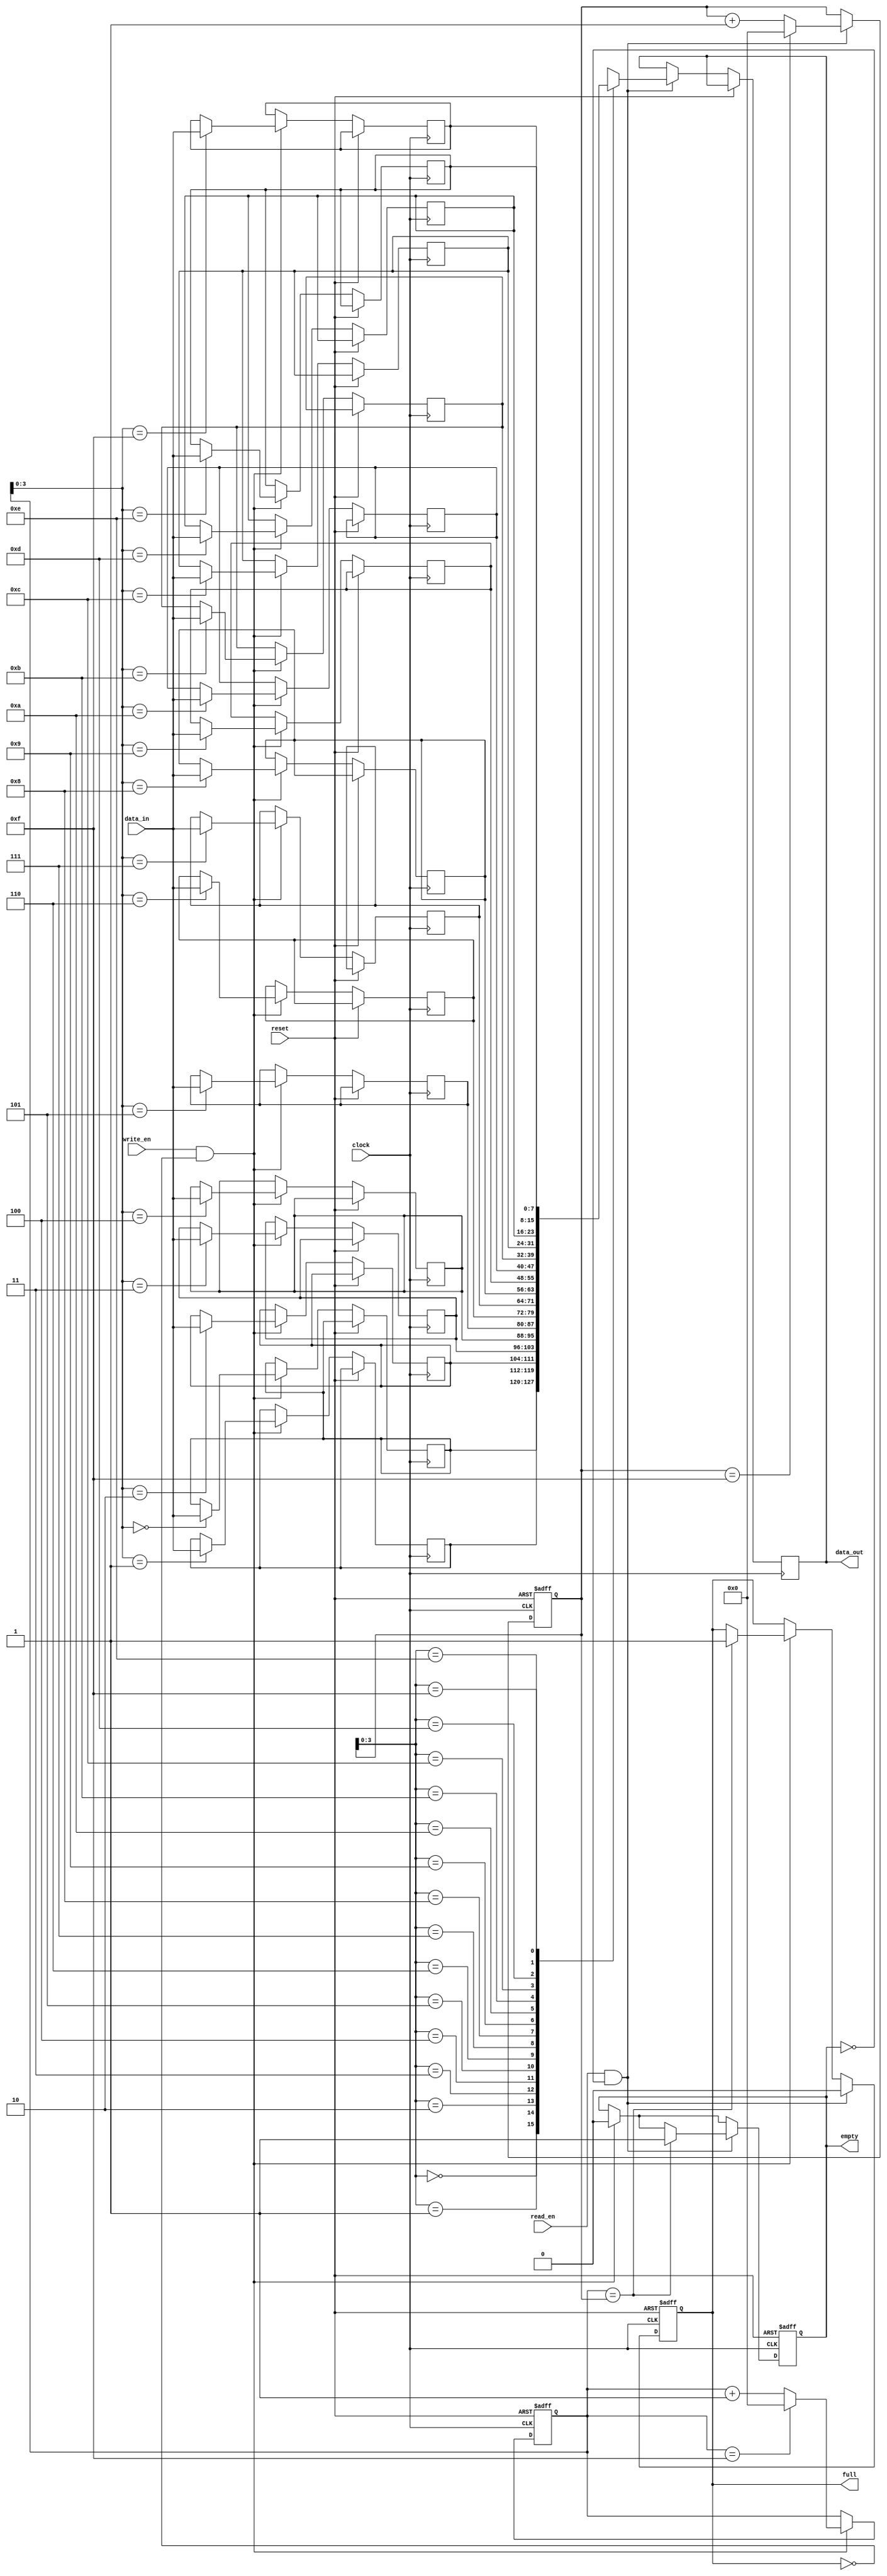
module FIFO #(parameter DATA_WIDTH = 8, parameter DEPTH = 16)(
    input wire clock,
    input wire reset,
    input wire write_en,
    input wire read_en,
    input wire [DATA_WIDTH-1:0] data_in,
    output reg [DATA_WIDTH-1:0] data_out,
    output reg full,
    output reg empty
);

reg [DATA_WIDTH-1:0] memory [DEPTH-1:0];
reg [DATA_WIDTH-1:0] write_pointer;
reg [DATA_WIDTH-1:0] read_pointer;

always @ (posedge clock or posedge reset) begin
    if (reset) begin
        write_pointer <= 0;
        read_pointer <= 0;
        full <= 0;
        empty <= 1;
    end else begin
        if (write_en && !full) begin
            memory[write_pointer] <= data_in;
            write_pointer <= write_pointer + 1;
            if (write_pointer == DEPTH-1) begin
                write_pointer <= 0;
            end
            empty <= 0;
            if (write_pointer == read_pointer) begin
                full <= 1;
            end
        end
        
        if (read_en && !empty) begin
            data_out <= memory[read_pointer];
            read_pointer <= read_pointer + 1;
            if (read_pointer == DEPTH-1) begin
                read_pointer <= 0;
            end
            full <= 0;
            if (write_pointer == read_pointer) begin
                empty <= 1;
            end
        end
    end
end

endmodule